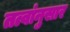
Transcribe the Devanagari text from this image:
तत्वांनुसार